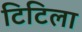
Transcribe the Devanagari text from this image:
टिटिला